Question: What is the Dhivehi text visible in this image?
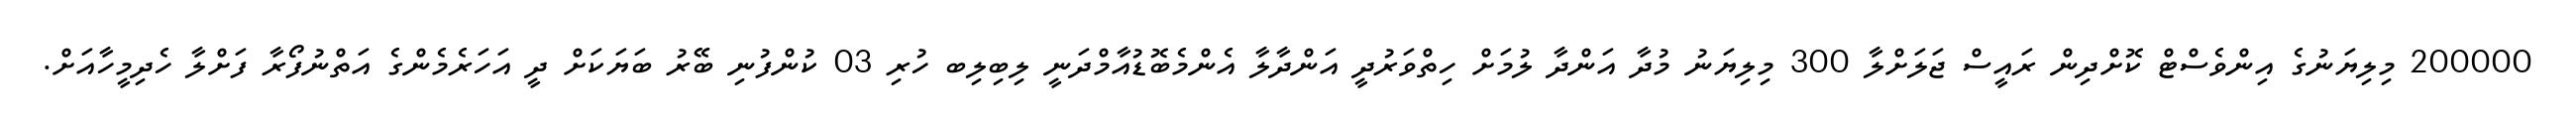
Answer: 200000 މިލިޔަނުގެ އިންވެސްޓް ކޮށްދިން ރައީސް ޖަލަށްލާ 300 މިލިޔަނު މުދާ އަންދާ ލުމަށް ހިތްވަރުދީ އަންދާލާ އެންމެބޮޑުއާމްދަނީ ލިބިލިބ ހުރި 03 ކުންފުނި ބޭރު ބަޔަކަށް ދީ އަހަރެމެންގެ އަތްނުފޯރާ ފަށްލާ ހެދިމީހާއަށް.